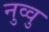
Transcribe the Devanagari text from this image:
नुव्वु